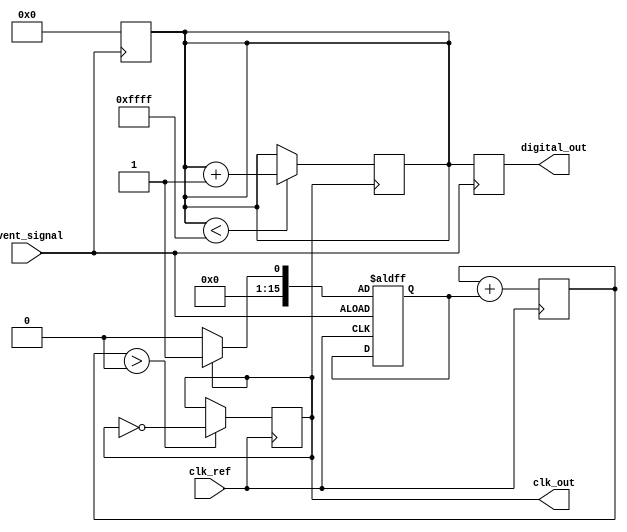
module TDC_PLL (
    input wire clk_ref,           // Reference clock input
    input wire event_signal,      // Input event signal
    output reg [15:0] digital_out, // Digital output representing time interval
    output wire clk_out           // Output clock from VCO
);

// PLL parameters
parameter VCO_FREQ = 100; // VCO frequency in MHz
parameter COUNTER_WIDTH = 16; // Width of the counter

// Internal signals
reg [COUNTER_WIDTH-1:0] counter; // Counter for measuring time intervals
reg vco_clk; // VCO clock signal
reg [15:0] phase_error; // Phase error signal
reg [15:0] loop_filter_out; // Output of the loop filter

// Phase Detector
always @(posedge clk_ref or posedge event_signal) begin
    if (event_signal) begin
        // Measure phase difference
        phase_error <= (vco_clk) ? 1 : 0; // Simple phase detection logic
    end
end

// Loop Filter (simple first-order)
always @(posedge clk_ref) begin
    loop_filter_out <= loop_filter_out + phase_error; // Integrate phase error
end

// Voltage-Controlled Oscillator (VCO)
always @(posedge clk_ref) begin
    if (loop_filter_out > 0) begin
        vco_clk <= ~vco_clk; // Toggle VCO clock based on loop filter output
    end
end

assign clk_out = vco_clk;

// Time Measurement Logic
always @(posedge event_signal) begin
    counter <= 0; // Reset counter on event signal
end

always @(posedge clk_out) begin
    if (counter < (1 << COUNTER_WIDTH) - 1) begin
        counter <= counter + 1; // Increment counter
    end
end

always @(posedge event_signal) begin
    digital_out <= counter; // Capture counter value at event signal
end

endmodule